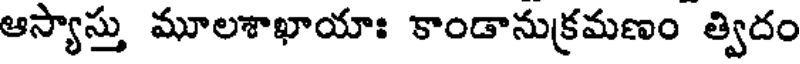
ఆస్యాస్తు మూలశాఖాయాః కాండానుక్రమణం త్విదం